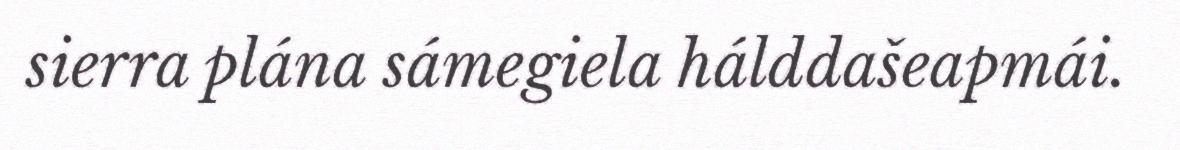
sierra plána sámegiela hálddašeapmái.